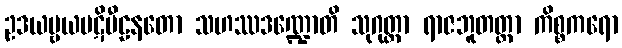
ဥဒယဗ္ဗယပဋိပီဠနတော သဟဿဒဏ္ဍောတိ သုဂုတ္တာ ရာဇဘူတတ္တာ ကိစ္စကရော